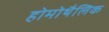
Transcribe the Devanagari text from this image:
होमोथैलिक